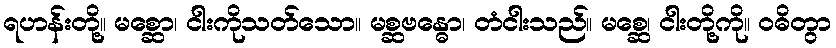
ရဟန်းတို့။ မစ္ဆော၊ ငါးကိုသတ်သော။ မစ္ဆဗန္ဓော၊ တံငါးသည်။ မစ္ဆေ၊ ငါးတို့ကို။ ဝဓိတွာ